Civil Veterinary Dept. North-West Frontier Province 1933-46 - 1933-1946
Year: 1933
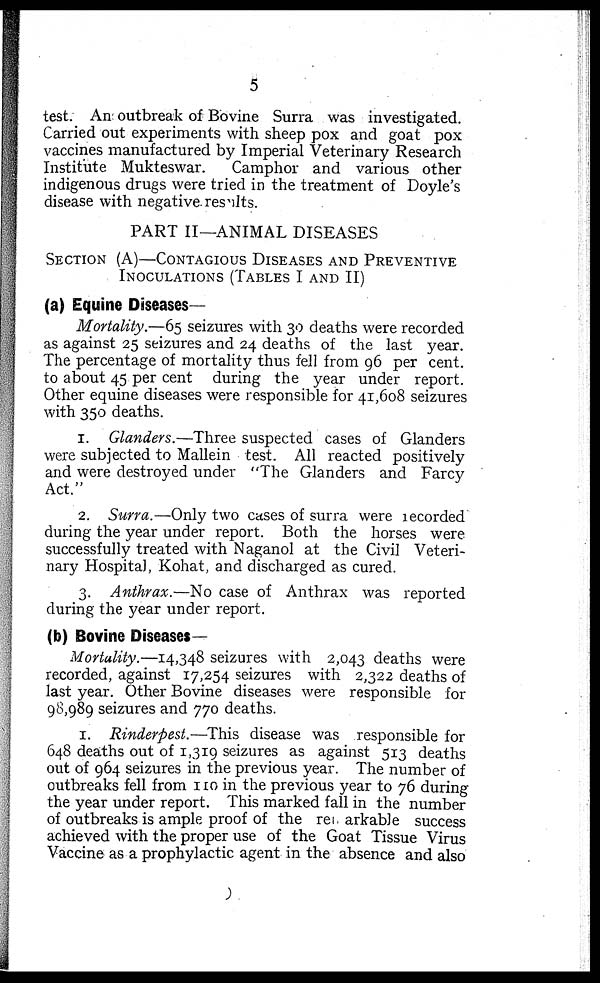
5
test. An outbreak of Bovine Surra was investigated.
Carried out experiments with sheep pox and goat pox
vaccines manufactured by Imperial Veterinary Research
Institute Mukteswar.
Camphor and various other
indigenous drugs were tried in the treatment of Doyle's
disease with negative results.
PART II—ANIMAL DISEASES
SECTION (A)—CONTAGIOUS DISEASES AND PREVENTIVE
INOCULATIONS (TABLES I AND II)
(a) Equine Diseases—
Mortality.—65 seizures with 30 deaths were recorded
as against 25 seizures and 24 deaths of the last year.
The percentage of mortality thus fell from 96 per cent.
to about 45 per cent during the year under report.
Other equine diseases were responsible for 41,608 seizures
with 350 deaths.
1. Glanders.—Three suspected cases of Glanders
were subjected to Mallein test. All reacted positively
and were destroyed under "The Glanders and Farcy
Act."
2. Surra.—Only two cases of surra were recorded
during the year under report. Both the horses were
successfully treated with Naganol at the Civil Veteri-
nary Hospital, Kohat, and discharged as cured.
3. Anthrax.—No case of Anthrax was reported
during the year under report.
(b) Bovine Diseases—
Mortality.—14,348 seizures with 2,043 deaths were
recorded, against 17,254 seizures with 2,322 deaths of
last year. Other Bovine diseases were responsible for
98,989 seizures and 770 deaths.
1. Rinderpest.—This disease was responsible for
648 deaths out of 1,319 seizures as against 513 deaths
out of 964 seizures in the previous year. The number of
outbreaks fell from 110 in the previous year to 76 during
the year under report. This marked fall in the number
of outbreaks is ample proof of the remarkable success
achieved with the proper use of the Goat Tissue Virus
Vaccine as a prophylactic agent in the absence and also